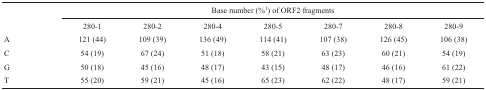
|  | <COLSPAN=7> Base number (%1) of ORF2 fragments |
 | --- | --- | --- | --- | --- | --- | --- | --- |
 |  | 280-1 | 280-2 | 280-4 | 280-5 | 280-7 | 280-8 | 280-9 |
 | A | 121 (44) | 109 (39) | 136 (49) | 114 (41) | 107 (38) | 126 (45) | 106 (38) |
 | C | 54 (19) | 67 (24) | 51 (18) | 58 (21) | 63 (23) | 60 (21) | 54 (19) |
 | G | 50 (18) | 45 (16) | 48 (17) | 43 (15) | 48 (17) | 46 (16) | 61 (22) |
 | T | 55 (20) | 59 (21) | 45 (16) | 65 (23) | 62 (22) | 48 (17) | 59 (21) |